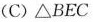
(C)△BEC